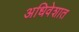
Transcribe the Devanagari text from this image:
अधिवेशात